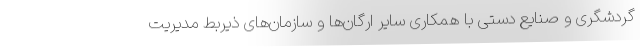
گردشگری و صنایع دستی با همکاری سایر ارگان‌ها و سازمان‌های ذیربط مدیریت